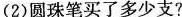
(2)圆珠笔买了多少支?